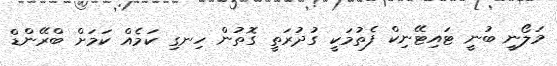
މަލޯނީ ބުނީ ޓައިޓޭނިކް ފެތުމަކީ ގުދުރަތީ ގޮތުން ހިނގި ކަމެއް ކަމަށް ބްރޭންޑް